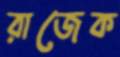
রাজেক